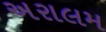
અરાલમ